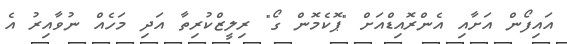
އައިފޯން އަށާއި އެންރޮއިޑްއަށް "ޕޮކެމޮން ގޯ" ރިލީޒްކުރިތާ އަދި މަހެއް ނުވާއިރު އެ